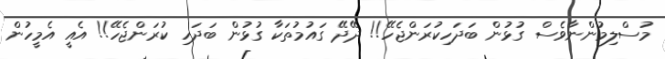
މުސްލިމުންނާވެސް ގުޅުން ބަދަހިކުރަންޖެހޭ!! ދޭދޭ ގައުމުތަކާ ގުޅުން ބަދަހި ކުރަންޖެހޭ!! އެއީ އެމީހުން